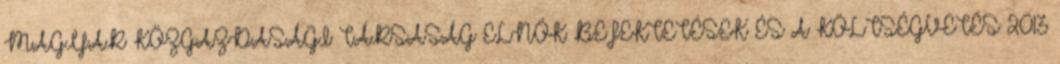
MAGYAR KÖZGAZDASÁGI TÁRSASÁG ELNÖK BEFEKTETÉSEK ÉS A KÖLTSÉGVETÉS 2013